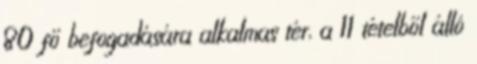
80 fő befogadására alkalmas tér, a 11 tételből álló